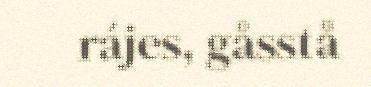
rájes, gåsstå